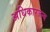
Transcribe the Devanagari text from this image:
अधिकारजन्य